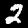
Digit: 2